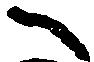
へ